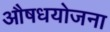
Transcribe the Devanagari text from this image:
औषधयोजना